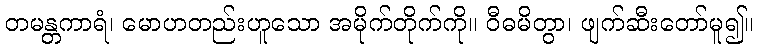
တမန္တကာရံ၊ မောဟတည်းဟူသော အမိုက်တိုက်ကို။ ဝီဓမိတွာ၊ ဖျက်ဆီးတော်မူ၍။